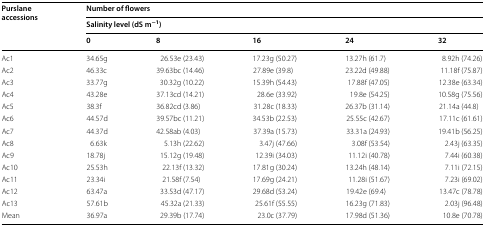
<table><thead><tr><td rowspan="3"><b>Purslane accessions</b></td><td colspan="5"><b>Number of flowers</b></td></tr><tr><td colspan="5"><b>Salinity level (dS m<sup>−1</sup>)</b></td></tr><tr><td><b>0</b></td><td><b>8</b></td><td><b>16</b></td><td><b>24</b></td><td><b>32</b></td></tr></thead><tbody><tr><td>Ac1</td><td>34.65g</td><td>26.53e (23.43)</td><td>17.23g (50.27)</td><td>13.27h (61.7)</td><td>8.92h (74.26)</td></tr><tr><td>Ac2</td><td>46.33c</td><td>39.63bc (14.46)</td><td>27.89e (39.8)</td><td>23.22d (49.88)</td><td>11.18f (75.87)</td></tr><tr><td>Ac3</td><td>33.77g</td><td>30.32g (10.22)</td><td>15.39h (54.43)</td><td>17.88f (47.05)</td><td>12.38e (63.34)</td></tr><tr><td>Ac4</td><td>43.28e</td><td>37.13cd (14.21)</td><td>28.6e (33.92)</td><td>19.8e (54.25)</td><td>10.58g (75.56)</td></tr><tr><td>Ac5</td><td>38.3f</td><td>36.82cd (3.86)</td><td>31.28c (18.33)</td><td>26.37b (31.14)</td><td>21.14a (44.8)</td></tr><tr><td>Ac6</td><td>44.57d</td><td>39.57bc (11.21)</td><td>34.53b (22.53)</td><td>25.55c (42.67)</td><td>17.11c (61.61)</td></tr><tr><td>Ac7</td><td>44.37d</td><td>42.58ab (4.03)</td><td>37.39a (15.73)</td><td>33.31a (24.93)</td><td>19.41b (56.25)</td></tr><tr><td>Ac8</td><td>6.63k</td><td>5.13h (22.62)</td><td>3.47j (47.66)</td><td>3.08f (53.54)</td><td>2.43j (63.35)</td></tr><tr><td>Ac9</td><td>18.78j</td><td>15.12g (19.48)</td><td>12.39i (34.03)</td><td>11.12i (40.78)</td><td>7.44i (60.38)</td></tr><tr><td>Ac10</td><td>25.53h</td><td>22.13f (13.32)</td><td>17.81g (30.24)</td><td>13.24h (48.14)</td><td>7.11i (72.15)</td></tr><tr><td>Ac11</td><td>23.34i</td><td>21.58f (7.54)</td><td>17.69g (24.21)</td><td>11.28i (51.67)</td><td>7.23i (69.02)</td></tr><tr><td>Ac12</td><td>63.47a</td><td>33.53d (47.17)</td><td>29.68d (53.24)</td><td>19.42e (69.4)</td><td>13.47c (78.78)</td></tr><tr><td>Ac13</td><td>57.61b</td><td>45.32a (21.33)</td><td>25.61f (55.55)</td><td>16.23g (71.83)</td><td>2.03j (96.48)</td></tr><tr><td>Mean</td><td>36.97a</td><td>29.39b (17.74)</td><td>23.0c (37.79)</td><td>17.98d (51.36)</td><td>10.8e (70.78)</td></tr></tbody></table>